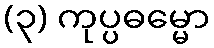
(၃) ကုပ္ပဓမ္မော